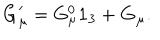
{ \bf G } _ { \mu } ^ { \prime } = G _ { \mu } ^ { 0 } { \bf 1 } _ { 3 } + { \bf G } _ { \mu } .